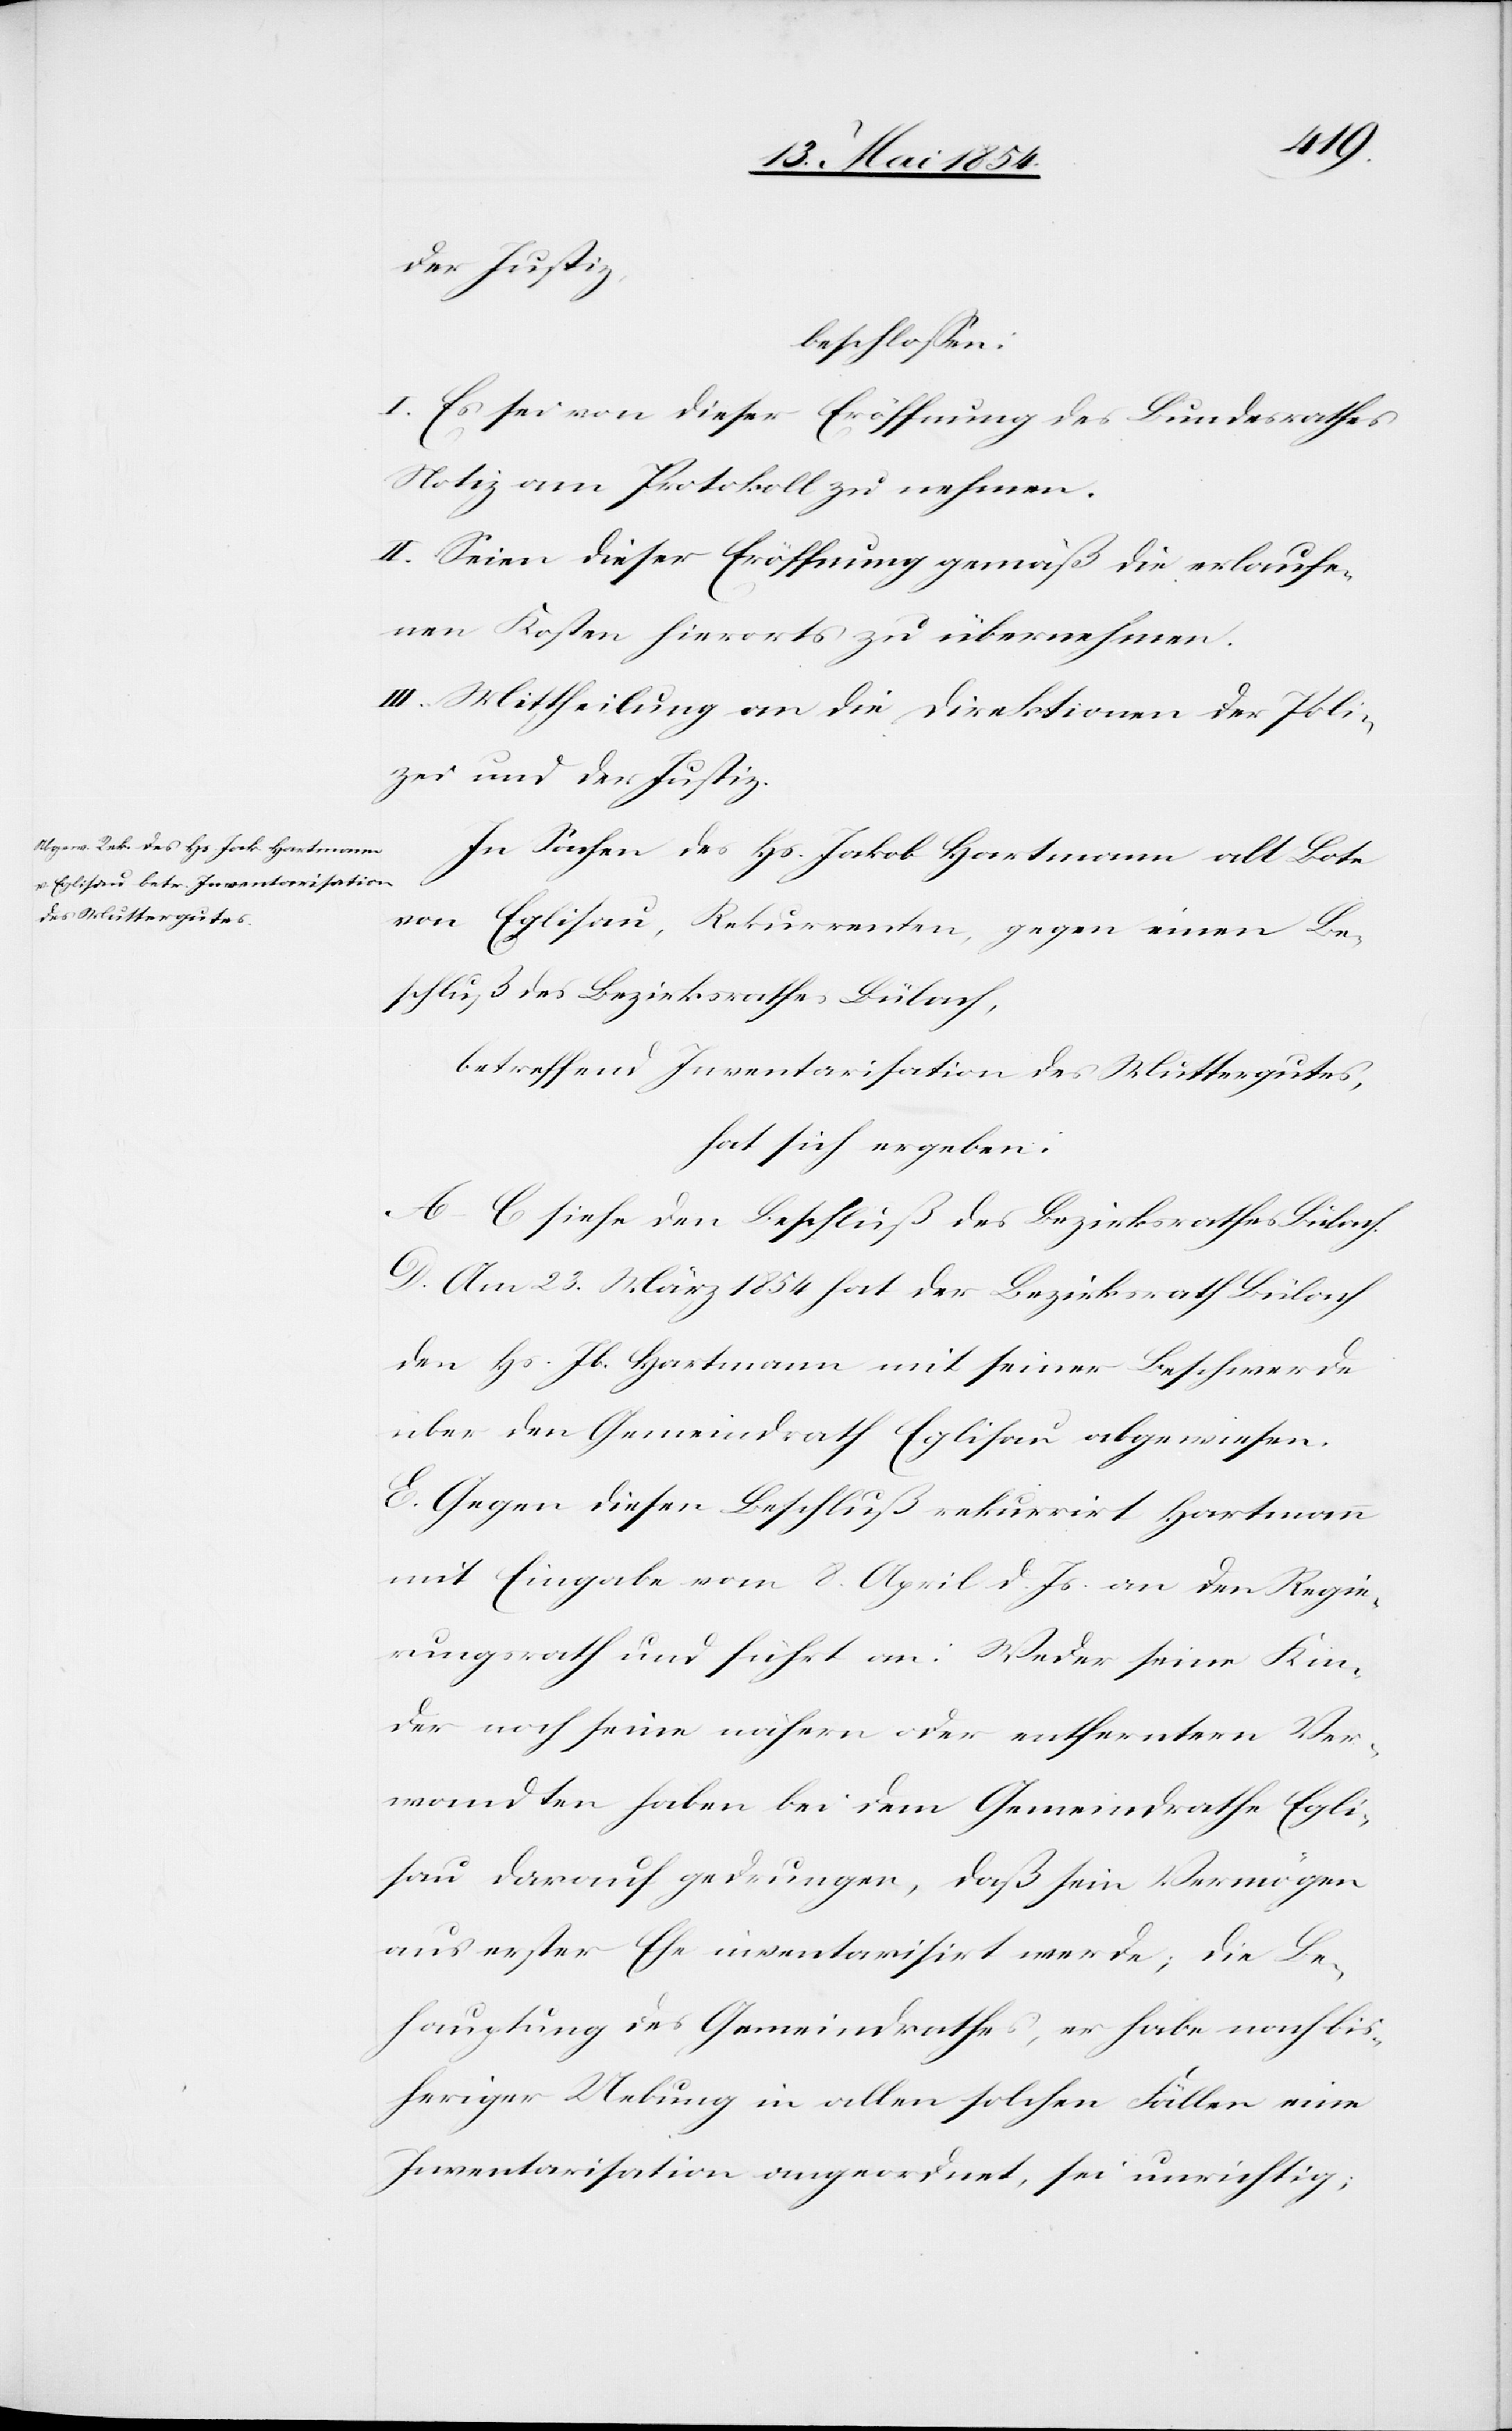
der Justiz,
beschloßen:
I. Es sei von dieser Eröffnung des Bundesrathes
Notiz am Protokoll zu nehmen.
II. Seien dieser Eröffnung gemäß die erlaufe¬
nen Kosten hierorts zu übernehmen.
III. Mittheilung an die Direktionen der Poli¬
zei und der Justiz.
In Sachen des Hs. Jakob Hartmann alt Bote
von Eglisau, Rekurrenten, gegen einen Be¬
schluß des Bezirksrathes Bülach,
betreffend Inventarisation des Muttergutes,
hat sich ergeben:
A.–C. siehe den Beschluß des Bezirksrathes Bülach.
D. Am 23. März 1854 hat der Bezirksrath Bülach
den Hs. Jb. Hartmann mit seiner Beschwerde
über den Gemeindrath Eglisau abgewiesen.
E. Gegen diesen Beschluß rekurrirt Hartmann
mit Eingabe vom 8. April d. Js. an den Regie¬
rungsrath und führt an: Weder seine Kin¬
der noch seine nähern oder entferntern Ver¬
wandten haben bei dem Gemeindrathe Egli¬
sau darauf gedrungen, daß sein Vermögen
aus erster Ehe inventarisirt werde; die Be¬
hauptung des Gemeindrathes, er habe nach bis¬
heriger Uebung in allen solchen Fällen eine
Inventarisation angeordnet, sei unrichtig;